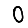
Digit: 0